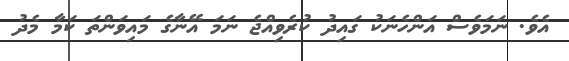
އެވެ. ނަމަވެސް އަންހެނަކު ގައިދު ކުރެވިއްޖެ ނަމަ އޭނާގެ މައިވަންތަ ކަމާ މެދު